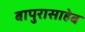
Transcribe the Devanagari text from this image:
बापुरासाहेब